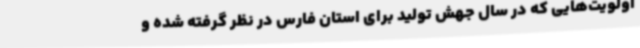
اولویت‌هایی که در سال جهش تولید برای استان فارس در نظر گرفته شده و